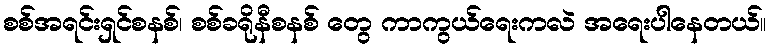
စစ်အရင်းရှင်စနစ်၊ စစ်ခရိုနီစနစ် တွေ ကာကွယ်ရေးကလဲ အရေးပါနေတယ်။